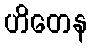
ဟိတေန